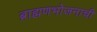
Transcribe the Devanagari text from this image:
ब्राह्मणभोजनाची